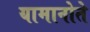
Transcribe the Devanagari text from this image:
यामानोते